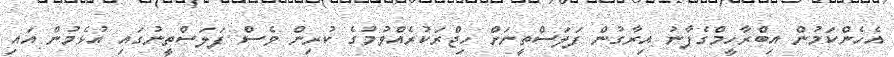
އެހެންކަމުން އިބްރާހީމްގެފާނު އިރާގުން ފަލަސްތީނަށް ހިޖްރަކުރެއްވުމުގެ ކުރިން ވެސް ފަލަސްތީނުގައި އުޅެމުން އައި